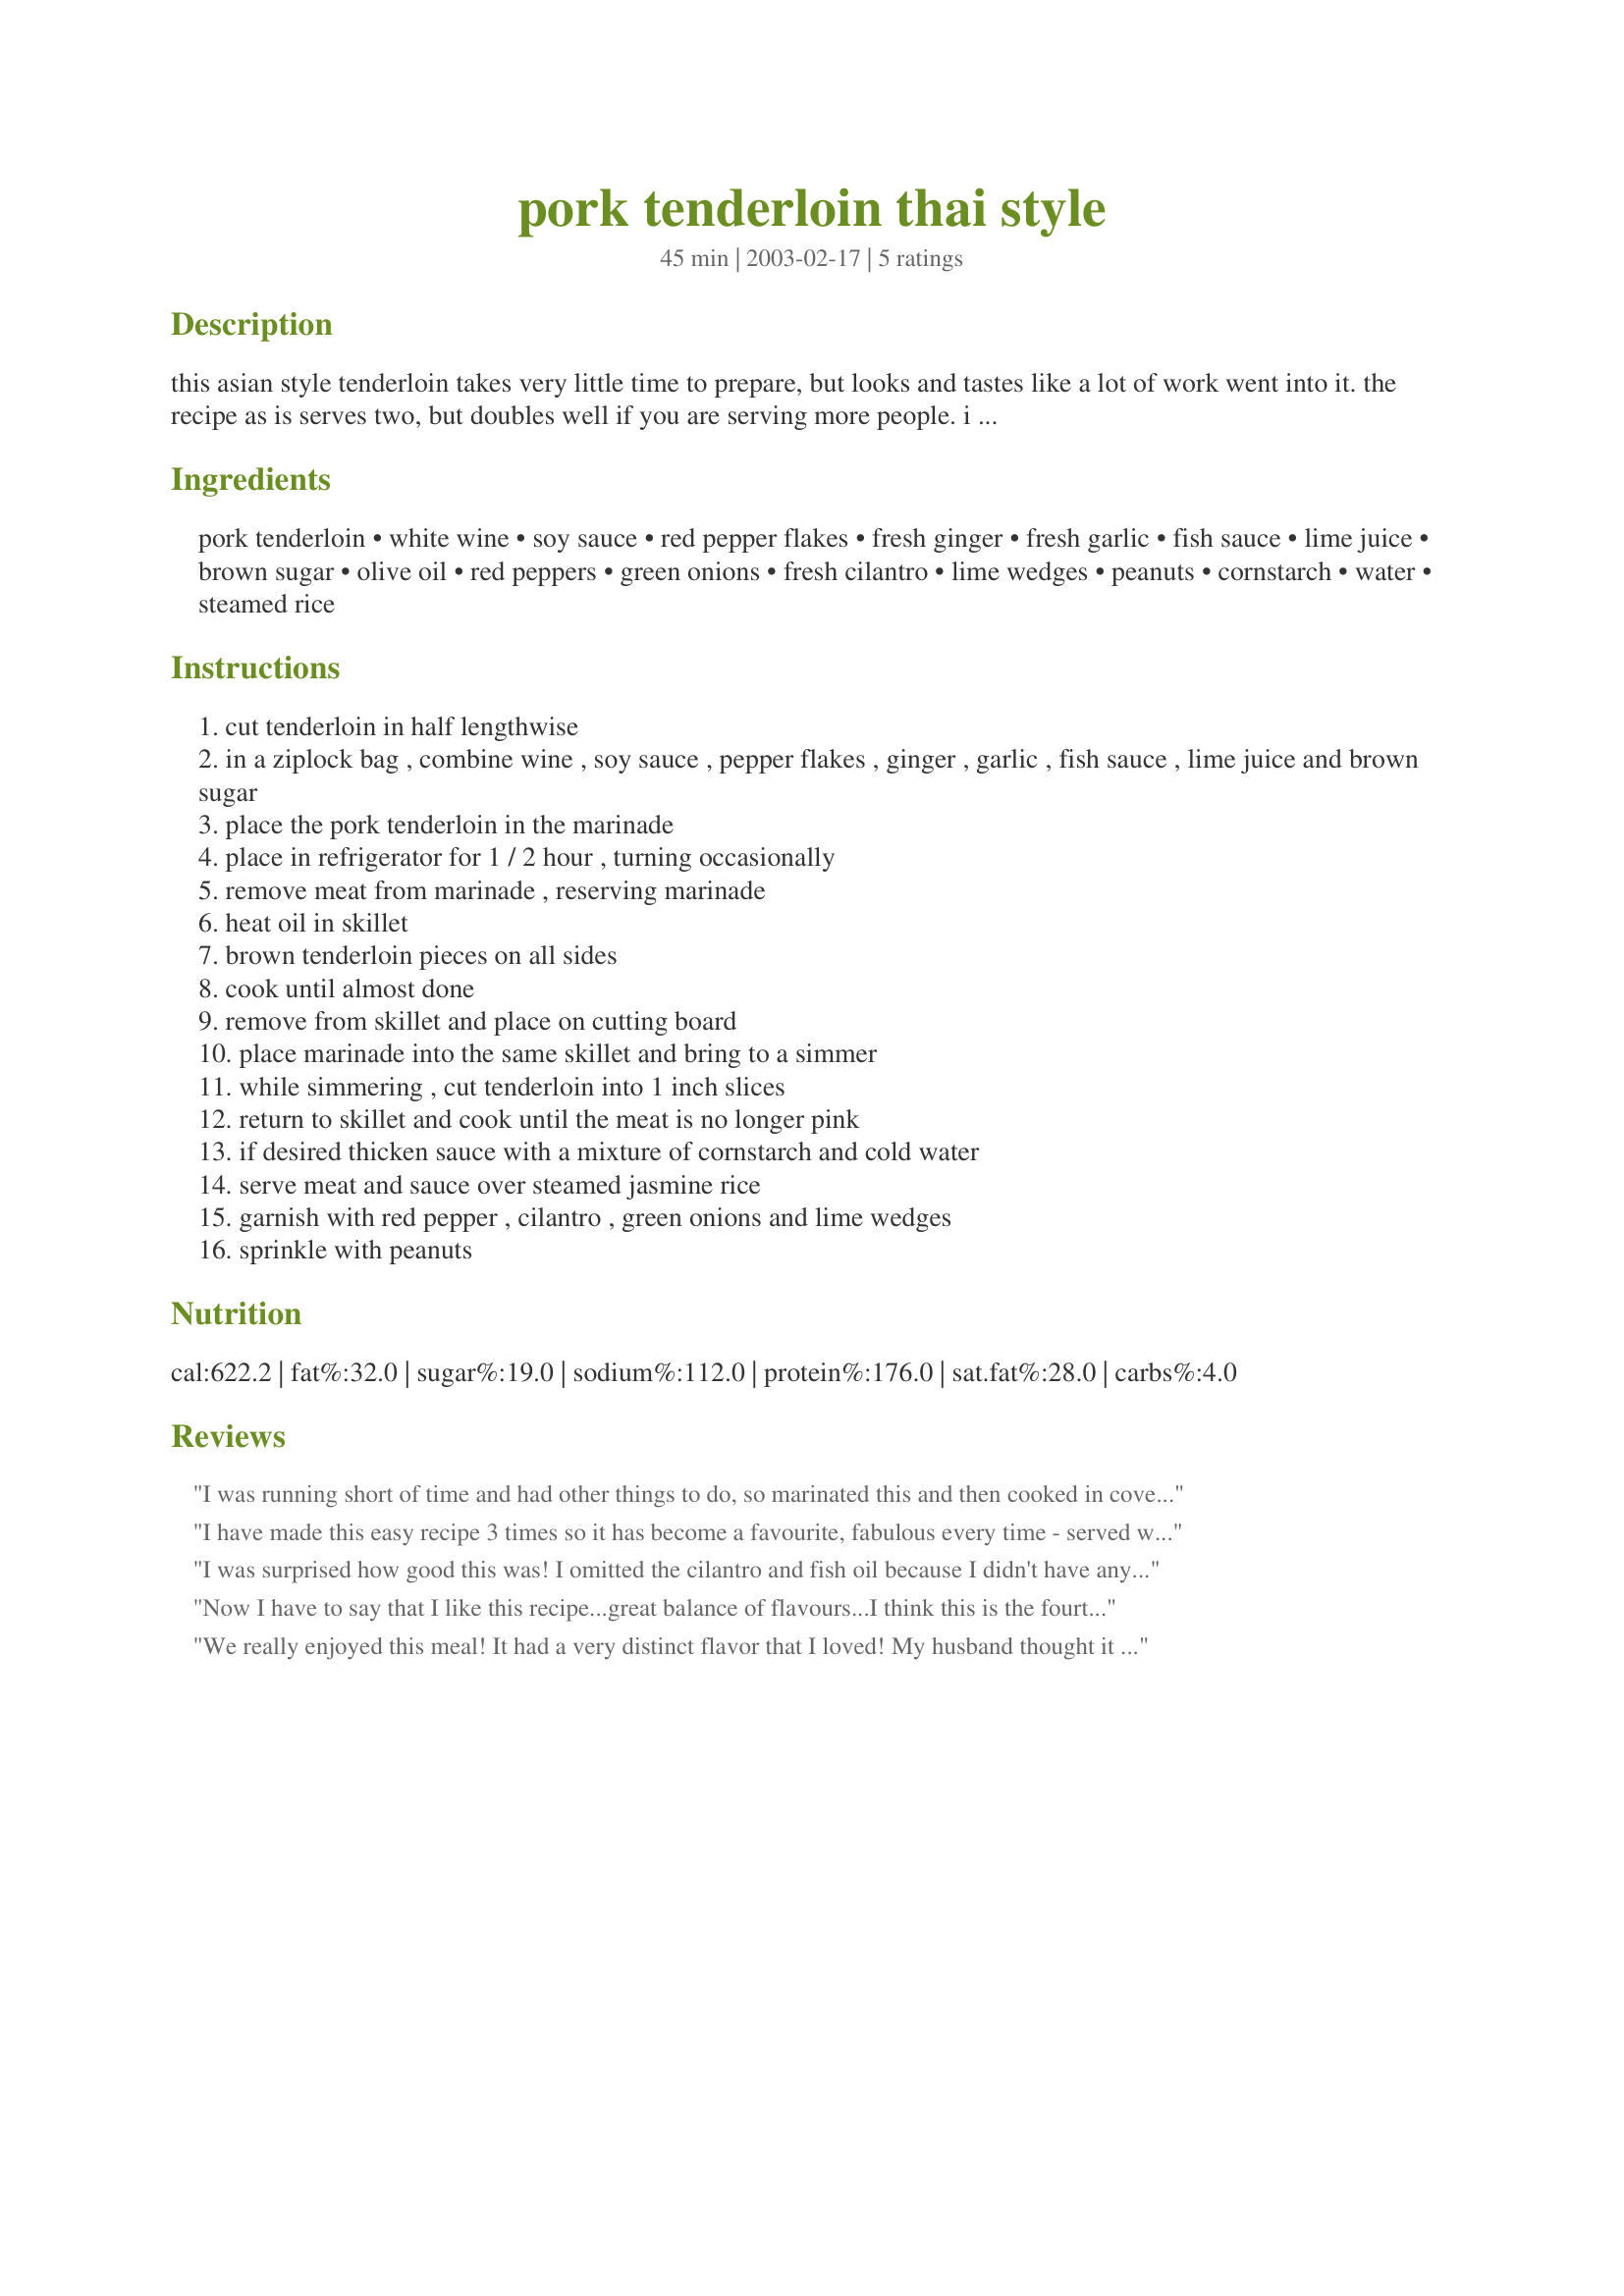
pork tenderloin thai style
Preparation time: 45 minutes

this asian style tenderloin takes very little time to prepare, but looks and tastes like a lot of work went into it. the recipe as is serves two, but doubles well if you are serving more people. i serve with chili-garlic paste on the side. prep time includes marinating time.

Ingredients:
pork tenderloin, white wine, soy sauce, red pepper flakes, fresh ginger, fresh garlic, fish sauce, lime juice, brown sugar, olive oil, red peppers, green onions, fresh cilantro, lime wedges, peanuts, cornstarch, water, steamed rice

Steps:
cut tenderloin in half lengthwise
in a ziplock bag , combine wine , soy sauce , pepper flakes , ginger , garlic , fish sauce , lime juice and brown sugar
place the pork tenderloin in the marinade
place in refrigerator for 1 / 2 hour , turning occasionally
remove meat from marinade , reserving marinade
heat oil in skillet
brown tenderloin pieces on all sides
cook until almost done
remove from skillet and place on cutting board
place marinade into the same skillet and bring to a simmer
while simmering , cut tenderloin into 1 inch slices
return to skillet and cook until the meat is no longer pink
if desired thicken sauce with a mixture of cornstarch and cold water
serve meat and sauce over steamed jasmine rice
garnish with red pepper , cilantro , green onions and lime wedges
sprinkle with peanuts

Reviews:
I was running short of time and had other things to do, so marinated this and then cooked in covered dish in oven. I then thickened sauce and served sliced on rice. It got the nod of approval. It's a keeper.
I have made this easy recipe 3 times so it has become a favourite, fabulous every time - served with Royal Thai Rice it is a great meal for guests when doubled/trebled.
I was surprised how good this was! I omitted the cilantro and fish oil because I didn't have any and used instant brown rice. Also powdered ginger since I didn't have any fresh. I've tried using pork tenderloin in other oriental recipes and have always been disappointed. I will definitely make this again, thank you for posting!
Now I have to say that I like this recipe...great balance of flavours...I think this is the fourth time I've made it this month. <br/>That being said though I do find it puzzling. <br/>Is that supposed to be 1 tenderloin at 3/4 of a pound?...using 1 and 3/4 of a pound for two people doesn't make any sense...that would be 12oz for each person. But then that seems to be an awful lot of liquid for only 3/4 of a pound.<br/>The first time I made it I took it as 1 and 3/4 lbs and the liquid ratio seemed to be perfect. Which fed my family of four quite nicely. <br/>I also find the cooking method unusual...so I just cut the tenderloin up like I would for any other stirfry...works just fine.<br/>And just as addition...I CANNOT keep fresh peanuts in my house for very long...they get devoured, BUT I always have peanut butter so at the very end I add about a soup spoon of peanut butter to the liquid...thickens it without adding cornstarch and using 'crunchy' substitutes for the chopped peanuts texture perfectly. <br/>Thanks overall though for a tasty recipe.
We really enjoyed this meal! It had a very distinct flavor that I loved! My husband thought it was a bit too salty, so I may cut back on the fish sauce and soy sauce next time. Thanks for a great meal!
